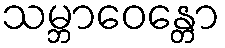
သမ္ဘာဝေန္တော